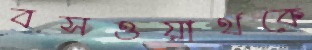
বসওয়ার্থকে